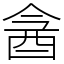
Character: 酓